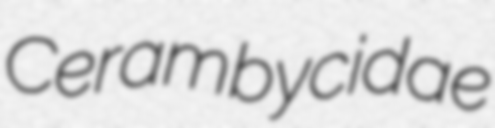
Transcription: Cerambycidae